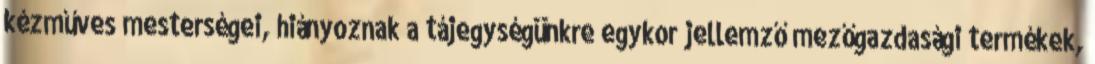
kézműves mesterségei, hiányoznak a tájegységünkre egykor jellemző mezőgazdasági termékek,